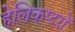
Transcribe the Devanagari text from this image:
हेलिकप्टरों